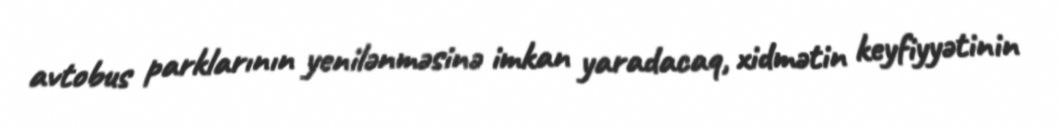
avtobus parklarının yenilənməsinə imkan yaradacaq, xidmətin keyfiyyətinin